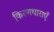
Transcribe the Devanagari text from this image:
किरणधाराएँ